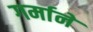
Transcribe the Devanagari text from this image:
गर्माने